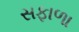
સફાળા